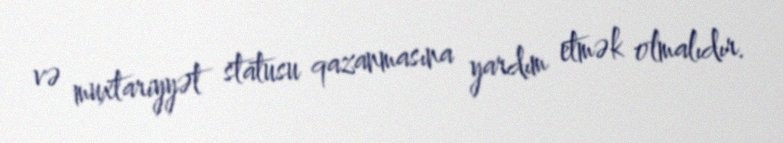
və muxtariyyət statusu qazanmasına yardım etmək olmalıdır.